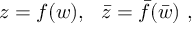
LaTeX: z = f ( w ) , ~ ~ \bar { z } = \bar { f } ( \bar { w } ) ~ ,